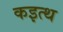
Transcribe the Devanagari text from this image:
कइत्थ